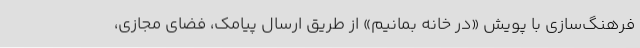
فرهنگ‌سازی با پویش «در خانه بمانیم» از طریق ارسال پیامک، فضای مجازی،